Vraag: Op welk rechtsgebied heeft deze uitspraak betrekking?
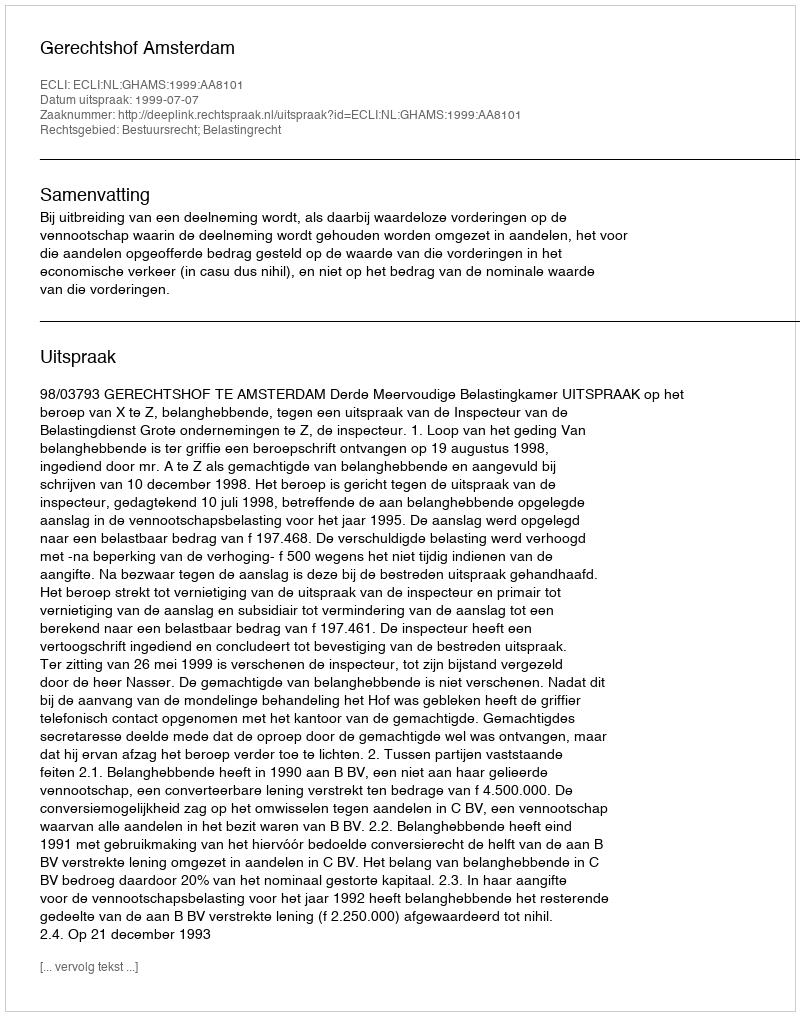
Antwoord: Bestuursrecht; Belastingrecht